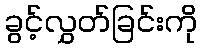
ခွင့်လွှတ်ခြင်းကို